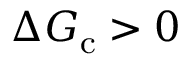
\Delta G _ { \mathrm { c } } > 0